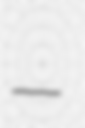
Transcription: –